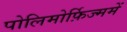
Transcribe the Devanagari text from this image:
पोलिमोर्फ़िज्ममें